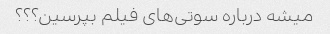
میشه درباره سوتی‌های فیلم بپرسین؟؟؟